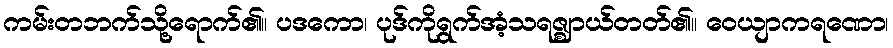
ကမ်းတဘက်သို့ရောက်၏။ ပဒကော၊ ပုဒ်ကိုရွက်အံ့သရဇ္ဈာယ်တတ်၏။ ဝေယျာကရဏော၊